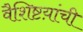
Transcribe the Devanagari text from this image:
वैशिष्टय़ांची